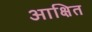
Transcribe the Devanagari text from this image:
आक्षित